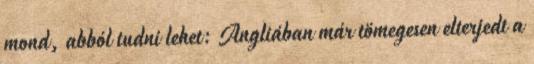
mond, abból tudni lehet: Angliában már tömegesen elterjedt a